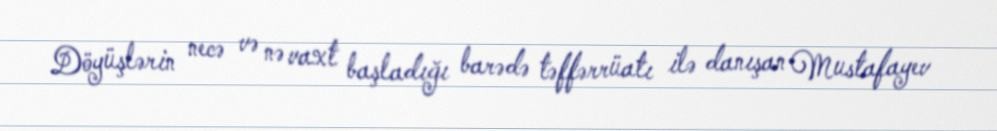
Döyüşlərin necə və nə vaxt başladığı barədə təffərrüatı ilə danışan Mustafayev